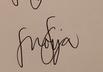
Signature authenticity: genuine